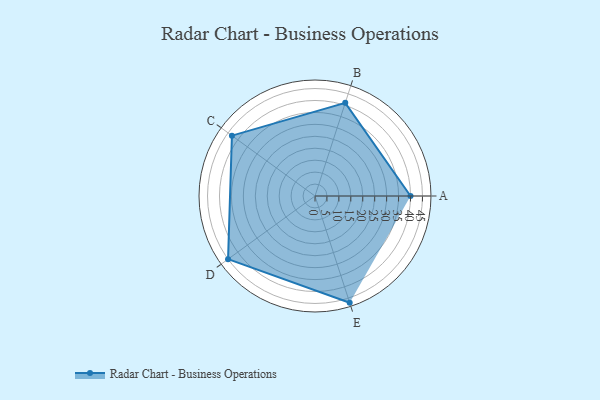
{"axis": {"x": "Skill", "y": "Score"}, "legend": ["Profile"], "data": [{"x": "A", "y": 40.0, "type": "Profile"}, {"x": "B", "y": 41.0, "type": "Profile"}, {"x": "C", "y": 43.0, "type": "Profile"}, {"x": "D", "y": 45.0, "type": "Profile"}, {"x": "E", "y": 47.0, "type": "Profile"}]}